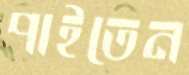
পাইতেন